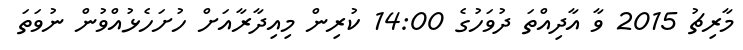
މާރިޗު 2015 ވާ އާދިއްތަ ދުވަހުގެ 14:00 ކުރިން މިއިދާރާއަށް ހުށަހެޅުއްވުން ނުވަތަ